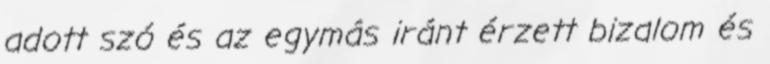
adott szó és az egymás iránt érzett bizalom és